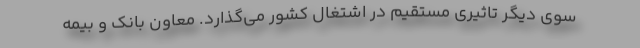
سوی دیگر تاثیری مستقیم در اشتغال کشور می‌گذارد. معاون بانک و بیمه